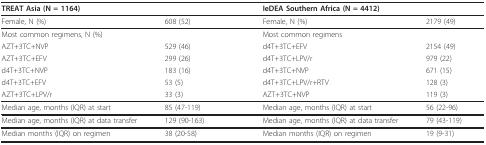
| <COLSPAN=2> TREAT Asia (N = 1164) |  | <COLSPAN=2> IeDEA Southern Africa (N = 4412) |
 | --- | --- | --- | --- | --- |
 | Female, N (%) | 608 (52) |  | Female, N (%) | 2179 (49) |
 | Most common regimens, N (%) |  |  | Most common regimens |  |
 | AZT+3TC+NVP | 529 (46) |  | d4T+3TC+EFV | 2154 (49) |
 | AZT+3TC+EFV | 299 (26) |  | d4T+3TC+LPV/r | 979 (22) |
 | d4T+3TC+NVP | 183 (16) |  | d4T+3TC+NVP | 671 (15) |
 | d4T+3TC+EFV | 53 (5) |  | d4T+3TC+LPV/r+RTV | 128 (3) |
 | AZT+3TC+LPV/r | 33 (3) |  | AZT+3TC+NVP | 119 (3) |
 | Median age, months (IQR) at start | 85 (47-119) |  | Median age, months (IQR) at start | 56 (22-96) |
 | Median age, months (IQR) at data transfer | 129 (90-163) |  | Median age, months (IQR) at data transfer | 79 (43-119) |
 | Median months (IQR) on regimen | 38 (20-58) |  | Median months (IQR) on regimen | 19 (9-31) |